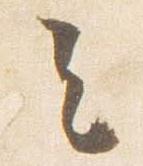
去